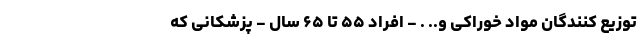
توزیع کنندگان مواد خوراکی و.. . - افراد ۵۵ تا ۶۵ سال - پزشکانی که